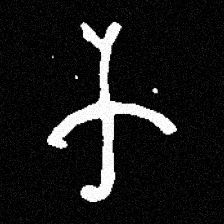
Pyu character \u2014 Myanmar letter: က (romanized: ka)